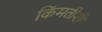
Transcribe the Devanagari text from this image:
किंमतीशी